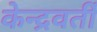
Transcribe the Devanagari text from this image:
केन्द्रवर्ती